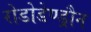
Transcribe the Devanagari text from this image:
रोडोडेण्ड्रौन